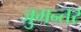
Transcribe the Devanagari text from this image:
जुगन्तर